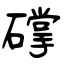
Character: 礃